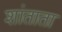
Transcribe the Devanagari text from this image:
शांताता